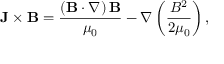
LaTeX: \mathbf { J } \times \mathbf { B } = { \frac { \left( \mathbf { B } \cdot \nabla \right) \mathbf { B } } { \mu _ { 0 } } } - \nabla \left( { \frac { B ^ { 2 } } { 2 \mu _ { 0 } } } \right) ,